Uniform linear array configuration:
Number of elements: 4
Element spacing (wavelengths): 0.75
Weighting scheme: uniform
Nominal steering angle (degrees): -45
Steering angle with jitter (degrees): -46.981
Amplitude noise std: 0.05
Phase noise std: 0.05

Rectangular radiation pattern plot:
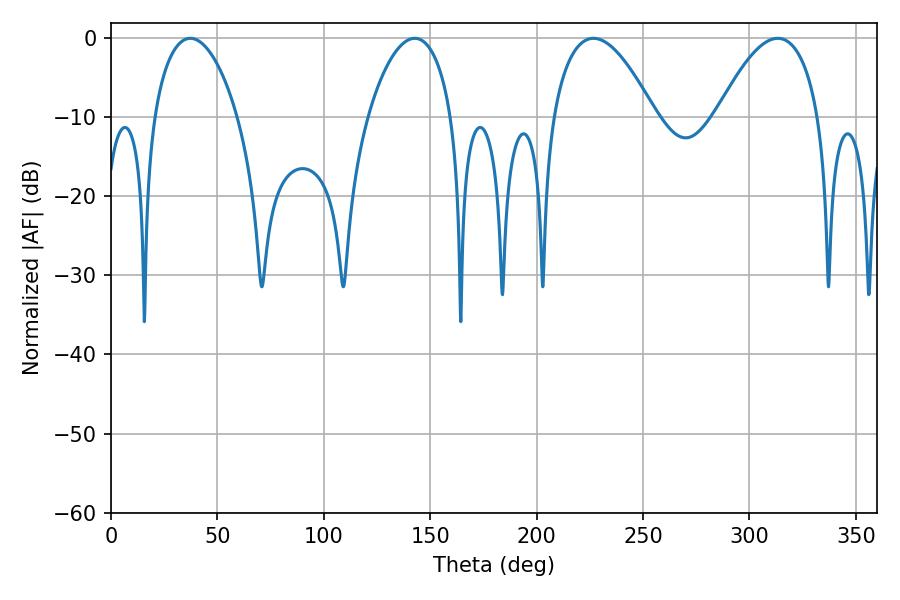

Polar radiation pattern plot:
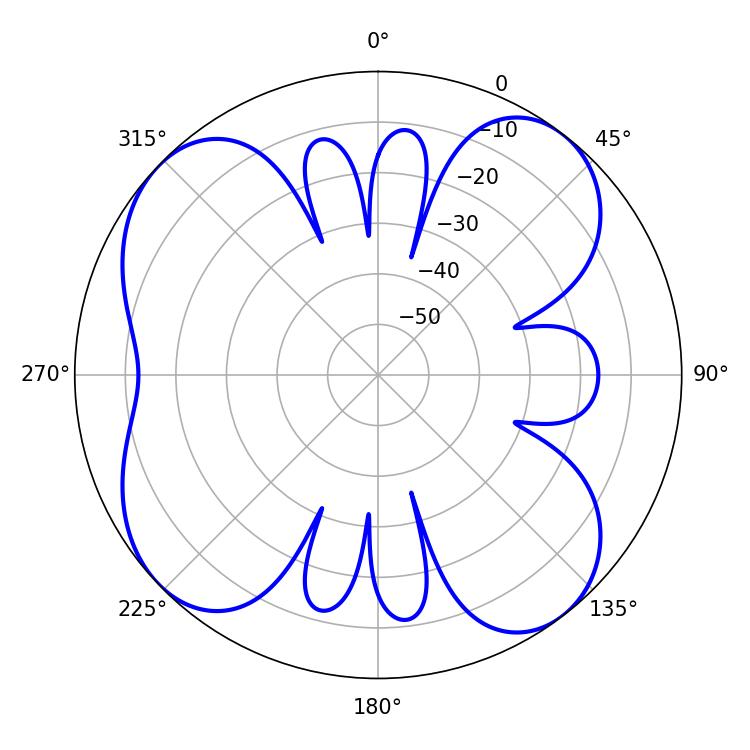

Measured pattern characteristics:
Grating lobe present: TRUE
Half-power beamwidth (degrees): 22.32
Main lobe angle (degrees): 37.26